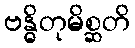
ဗန္ဓိတုမိစ္ဆတိ